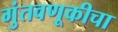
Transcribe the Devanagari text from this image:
गुंतवणूकीचा